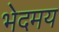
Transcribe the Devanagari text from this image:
भेदमय